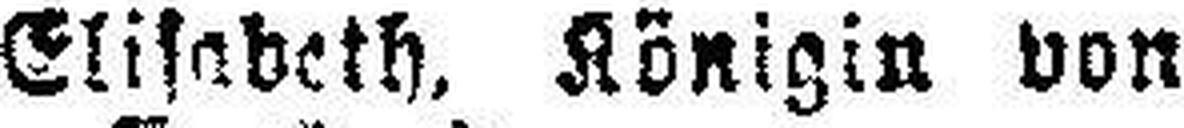
Elisabeth, Königin von